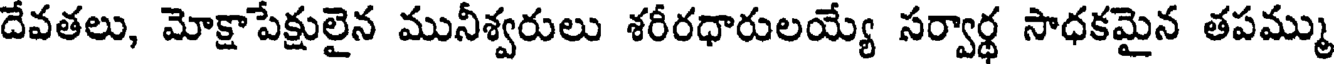
దేవతలు, మోక్షాపేక్షులైన మునీశ్వరులు శరీరధారులయ్యే సర్వార్థ సాధకమైన తపమ్ము